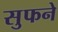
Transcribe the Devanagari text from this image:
सुफने